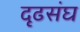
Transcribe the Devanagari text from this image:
दृढसंघ